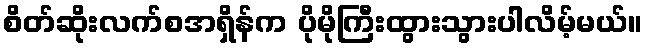
စိတ်ဆိုးလက်စအရှိန်က ပိုမိုကြီးထွားသွားပါလိမ့်မယ်။